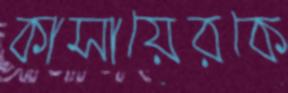
কাসায়েরকে